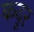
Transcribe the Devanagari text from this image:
कदूर